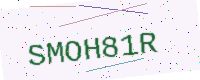
Text: SMOH81R